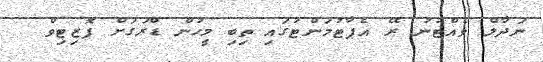
ނަދާލް ވެއްޓުނު ރޭ އެޕާޓުމަންޓުގައި ތިބި މީހުން ޑްރަގަށް ޕޮޒިޓިވް